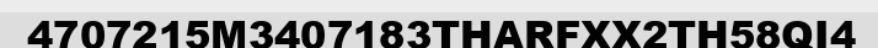
4707215M3407183THARFXX2TH58QI4